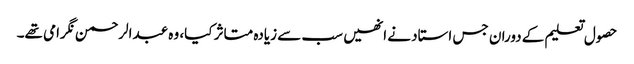
حصول تعلیم کے دوران جس استاد نے انھیں سب سے زیادہ متاثر کیا، وہ عبدالرحمن نگرامی تھے۔